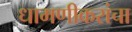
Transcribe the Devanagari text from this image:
धामणीकरांचा